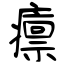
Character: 癝